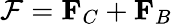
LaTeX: {\mathcal{F}}=\mathbf{F}_{C}+\mathbf{F}_{B}